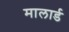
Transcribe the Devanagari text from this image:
मालार्ड